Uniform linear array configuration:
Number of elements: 16
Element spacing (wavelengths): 1
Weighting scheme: exponential
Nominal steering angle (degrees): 60
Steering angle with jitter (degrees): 60.692
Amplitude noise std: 0.05
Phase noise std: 0.05

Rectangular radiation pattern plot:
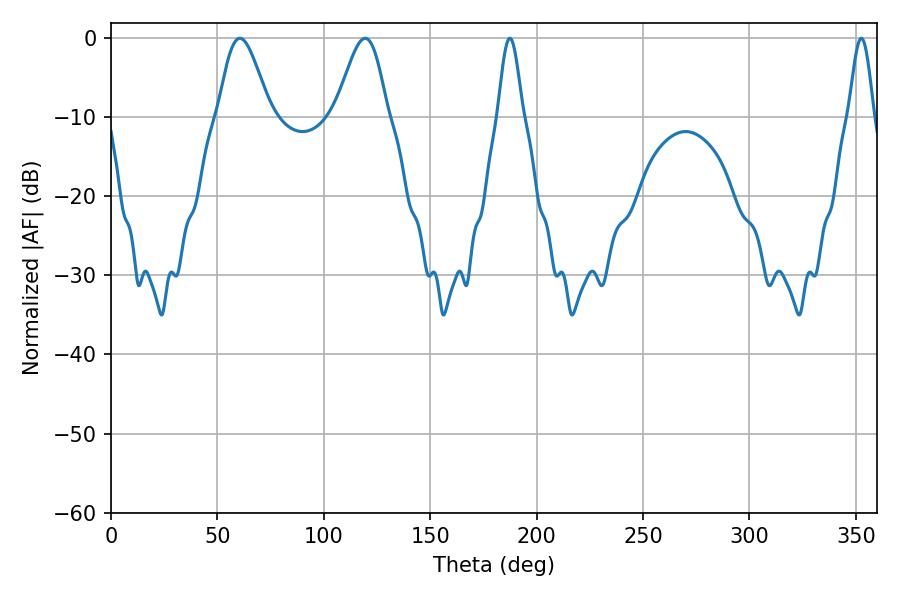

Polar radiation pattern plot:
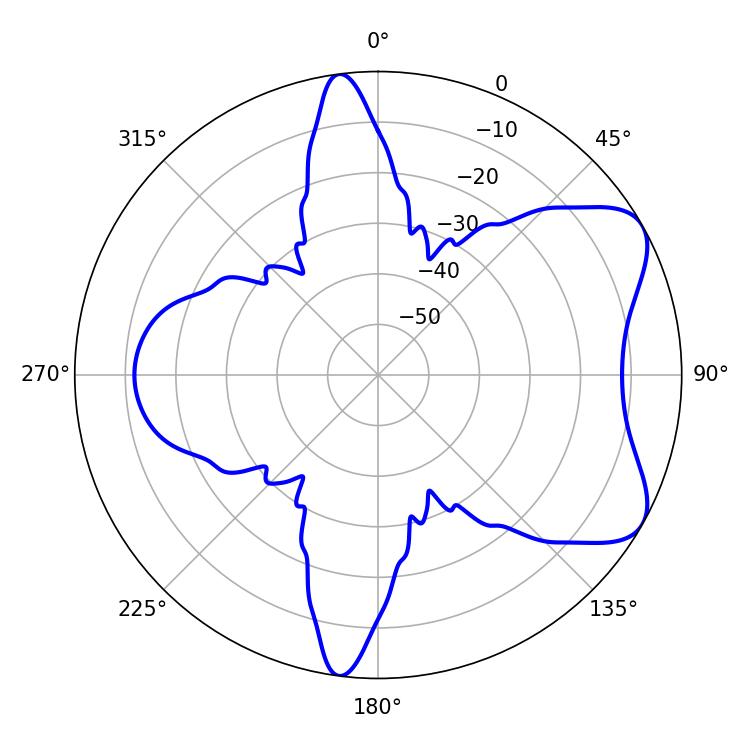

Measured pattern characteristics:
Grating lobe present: TRUE
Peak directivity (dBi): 6.81
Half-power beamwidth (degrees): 12.78
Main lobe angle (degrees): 60.48